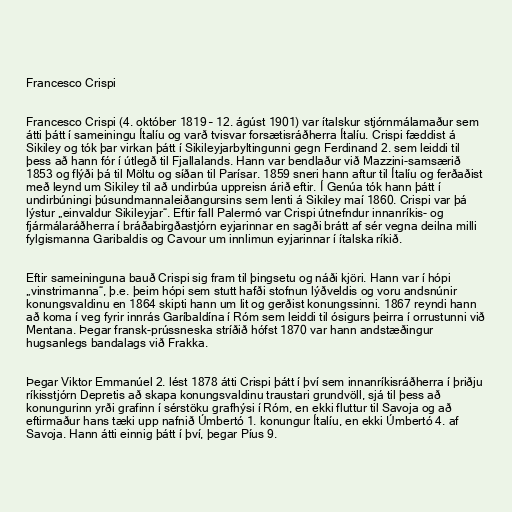
Francesco Crispi

Francesco Crispi (4. október 1819 – 12. ágúst 1901) var ítalskur stjórnmálamaður sem
átti þátt í sameiningu Ítalíu og varð tvisvar forsætisráðherra Ítalíu. Crispi fæddist á
Sikiley og tók þar virkan þátt í Sikileyjarbyltingunni gegn Ferdinand 2. sem leiddi til
þess að hann fór í útlegð til Fjallalands. Hann var bendlaður við Mazzini-samsærið
1853 og flýði þá til Möltu og síðan til Parísar. 1859 sneri hann aftur til Ítalíu og ferðaðist
með leynd um Sikiley til að undirbúa uppreisn árið eftir. Í Genúa tók hann þátt í
undirbúningi þúsundmannaleiðangursins sem lenti á Sikiley maí 1860. Crispi var þá
lýstur „einvaldur Sikileyjar“. Eftir fall Palermó var Crispi útnefndur innanríkis- og
fjármálaráðherra í bráðabirgðastjórn eyjarinnar en sagði brátt af sér vegna deilna milli
fylgismanna Garibaldis og Cavour um innlimun eyjarinnar í ítalska ríkið.

Eftir sameininguna bauð Crispi sig fram til þingsetu og náði kjöri. Hann var í hópi
„vinstrimanna“, þ.e. þeim hópi sem stutt hafði stofnun lýðveldis og voru andsnúnir
konungsvaldinu en 1864 skipti hann um lit og gerðist konungssinni. 1867 reyndi hann
að koma í veg fyrir innrás Garíbaldína í Róm sem leiddi til ósigurs þeirra í orrustunni við
Mentana. Þegar fransk-prússneska stríðið hófst 1870 var hann andstæðingur
hugsanlegs bandalags við Frakka.

Þegar Viktor Emmanúel 2. lést 1878 átti Crispi þátt í því sem innanríkisráðherra í þriðju
ríkisstjórn Depretis að skapa konungsvaldinu traustari grundvöll, sjá til þess að
konungurinn yrði grafinn í sérstöku grafhýsi í Róm, en ekki fluttur til Savoja og að
eftirmaður hans tæki upp nafnið Úmbertó 1. konungur Ítalíu, en ekki Úmbertó 4. af
Savoja. Hann átti einnig þátt í því, þegar Píus 9.